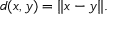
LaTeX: d ( x , y ) = \| x - y \| .